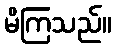
မိကြသည်။